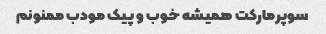
سوپرمارکت همیشه خوب و پیک مودب ممنونم